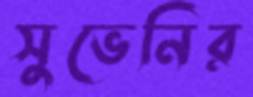
সুভেনির